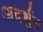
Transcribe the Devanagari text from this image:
अदर्भुत